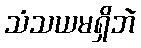
သံသယမရှိဘဲ